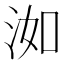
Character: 洳